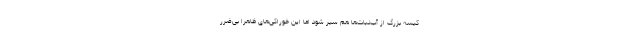
کیسه بزرگ از آب‌نبات‌ها هم سیر شود اما این خوراکی‌های ظاهرا بی‌ضرر